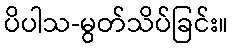
ပိပါသ-မွတ်သိပ်ခြင်း။